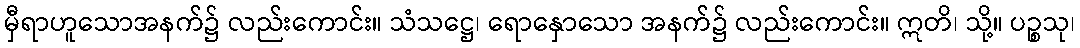
မှီရာဟူသောအနက်၌ လည်းကောင်း။ သံသဋ္ဌေ၊ ရောနှောသော အနက်၌ လည်းကောင်း။ ဣတိ၊ သို့။ ပဉ္စသု၊